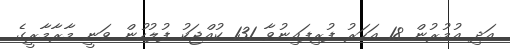
އަދި އުމުރުން 18 އަހަރު ފުރިފައިނުވާ 131 ކުއްޖަކު ފުލުހުން ވަނީ މާރާމާރީގެ